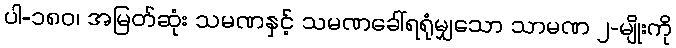
ပါ-၁၈၀၊ အမြတ်ဆုံး သမဏနှင့် သမဏခေါ်ရရုံမျှသော သာမဏ ၂-မျိုးကို